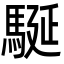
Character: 駳